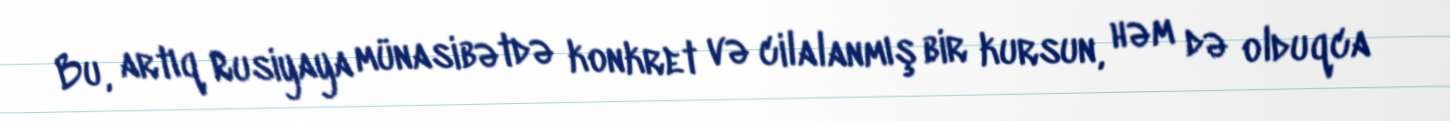
Bu, artıq Rusiyaya münasibətdə konkret və cilalanmış bir kursun, həm də olduqca